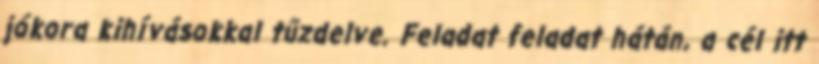
jókora kihívásokkal tűzdelve. Feladat feladat hátán, a cél itt